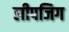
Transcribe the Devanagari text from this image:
लीपजिग